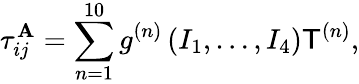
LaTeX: \tau_{ij}^{\mathbf{A}}={\sum_{n=1}^{10}{g^{(n)}\left({I_{1},\ldots,I_{4}}\right)\mathsf{T}^{(n)}}},